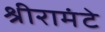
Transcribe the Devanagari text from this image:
श्रीरामंटे